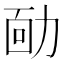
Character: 𠡳